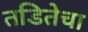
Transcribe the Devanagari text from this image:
तडितेचा